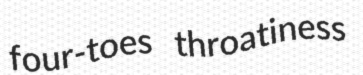
four-toes throatiness